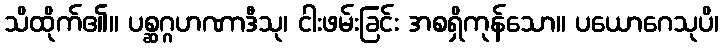
သိထိုက်၏။ ပစ္ဆဂ္ဂဟဏာဒီသု၊ ငါးဖမ်းခြင်း အစရှိကုန်သော။ ပယောဂေသုပိ၊